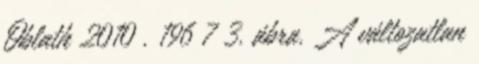
Oblath 2010 . 196 7 3. ábra. A változatlan